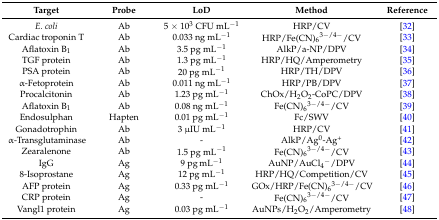
| Target | Probe | LoD | Method | Reference |
 | --- | --- | --- | --- | --- |
 | E. coli | Ab | 5 × 103 CFU mL−1 | HRP/CV | [32] |
 | Cardiac troponin T | Ab | 0.033 ng mL−1 | HRP/Fe(CN)63−/4−/CV | [33] |
 | Aflatoxin B1 | Ab | 3.5 pg mL−1 | AlkP/a-NP/DPV | [34] |
 | TGF protein | Ab | 1.3 pg mL−1 | HRP/HQ/Amperometry | [35] |
 | PSA protein | Ab | 20 pg mL−1 | HRP/TH/DPV | [36] |
 | α-Fetoprotein | Ab | 0.011 ng mL−1 | HRP/PB/DPV | [37] |
 | Procalcitonin | Ab | 1.23 pg mL−1 | ChOx/H2O2-CoPC/DPV | [38] |
 | Aflatoxin B1 | Ab | 0.08 ng mL−1 | Fe(CN)63−/4−/CV | [39] |
 | Endosulphan | Hapten | 0.01 pg mL−1 | Fc/SWV | [40] |
 | Gonadotrophin | Ab | 3 μIU mL−1 | HRP/CV | [41] |
 | α-Transglutaminase | Ab | - | AlkP/Ag0-Ag+ | [42] |
 | Zearalenone | Ab | 1.5 pg mL−1 | Fe(CN)63−/4−/CV | [43] |
 | IgG | Ag | 9 pg mL−1 | AuNP/AuCl4−/DPV | [44] |
 | 8-Isoprostane | Ag | 12 pg mL−1 | HRP/HQ/Competition/CV | [45] |
 | AFP protein | Ag | 0.33 pg mL−1 | GOx/HRP/Fe(CN)63−/4−/CV | [46] |
 | CRP protein | Ag | - | Fe(CN)63−/4−/CV | [47] |
 | Vangl1 protein | Ag | 0.03 pg mL−1 | AuNPs/H2O2/Amperometry | [48] |